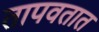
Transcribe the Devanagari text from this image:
तापवतात